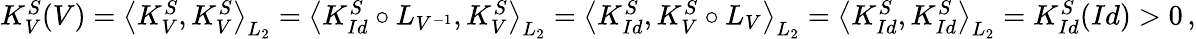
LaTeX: \begin{array}{r}{K_{V}^{S}(V)=\big\langle K_{V}^{S},K_{V}^{S}\big\rangle_{L_{2}}=\big\langle K_{Id}^{S}\circ L_{V^{-1}},K_{V}^{S}\big\rangle_{L_{2}}=\big\langle K_{Id}^{S},K_{V}^{S}\circ L_{V}\big\rangle_{L_{2}}=\big\langle K_{Id}^{S},K_{Id}^{S}\big\rangle_{L_{2}}=K_{Id}^{S}(Id)>0\, ,}\end{array}